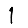
Digit: 1